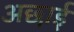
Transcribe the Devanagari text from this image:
अछाई